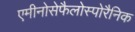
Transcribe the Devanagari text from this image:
एमीनोसेफैलोस्पोरैनिक